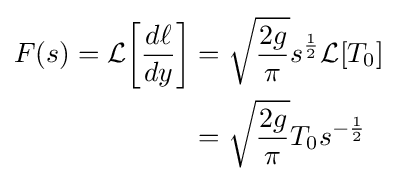
{\begin{aligned}F(s)={\mathcal {L}}{\left[{\frac {d\ell }{dy}}\right]}&={\sqrt {\frac {2g}{\pi }}}s^{\frac {1}{2}}{\mathcal {L}}[T_{0}]\\&={\sqrt {\frac {2g}{\pi }}}T_{0}s^{-{\frac {1}{2}}}\end{aligned}}